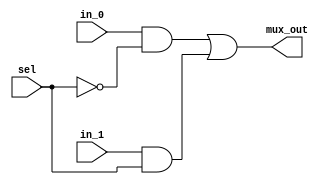
`timescale 1ns / 1ps
module mux_2x1(
    input in_0, in_1 ,sel, 
    output mux_out
    );
    wire w1, w2, w3;
    not(w1,sel);
    and(w2,in_0,w1);
    and(w3,in_1,sel);
    or(mux_out,w2,w3);
endmodule